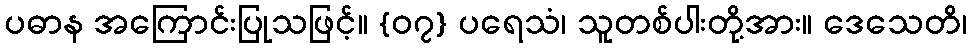
ပဓာန အကြောင်းပြုသဖြင့်။ {၀၇} ပရေသံ၊ သူတစ်ပါးတို့အား။ ဒေသေတိ၊